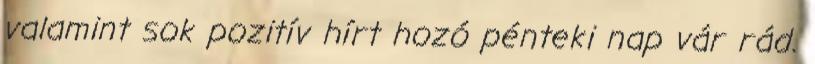
valamint sok pozitív hírt hozó pénteki nap vár rád.